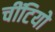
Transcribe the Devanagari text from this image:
चींटियो